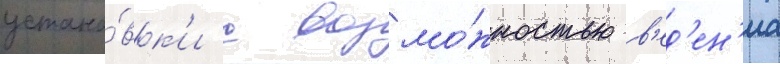
устано́вк'и с возмо́жностью в'ед'ен'иа